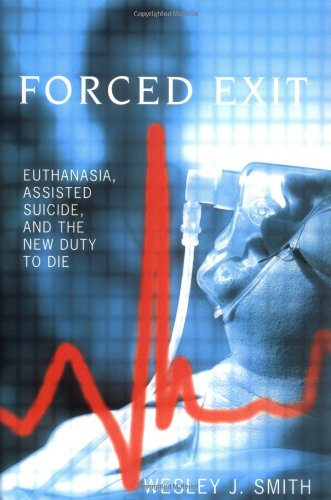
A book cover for Forced Exit: Euthanasia, Assisted Suicide and the New Duty to Die; Wesley  J. Smith; Medical Books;